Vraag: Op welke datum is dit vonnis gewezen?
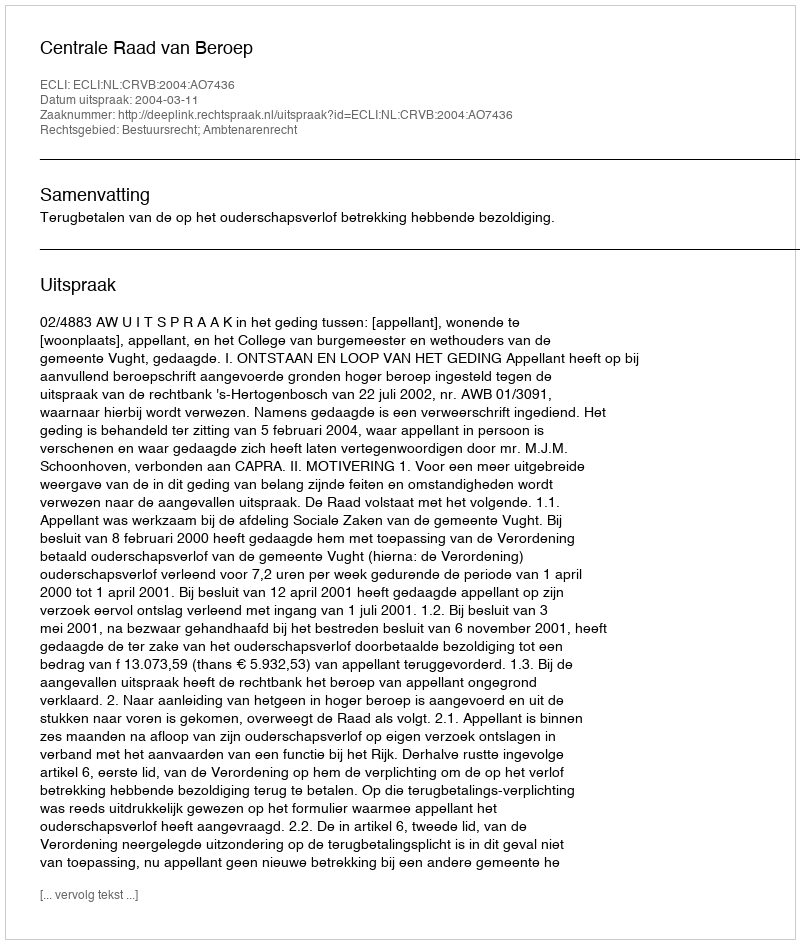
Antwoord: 2004-03-11